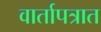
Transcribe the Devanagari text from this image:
वार्तापत्रात